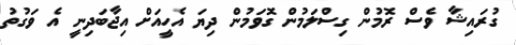
ގުރައިޝާ ވެސް ރޮމުން ގިސްލަމުން ގޮވަމުން ދިޔަ އެހީއަށް އިޖާބަދިނީ އެ ވަގުތު